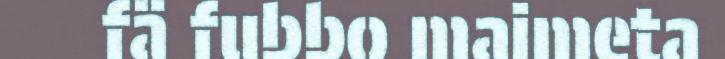
fä fubbo maimeta